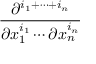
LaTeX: \frac { \partial ^ { i _ { 1 } + \cdots + i _ { n } } } { \partial x _ { 1 } ^ { i _ { 1 } } \cdots \partial x _ { n } ^ { i _ { n } } }